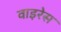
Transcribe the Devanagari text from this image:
वाइरेस